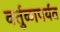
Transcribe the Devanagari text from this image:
वर्तुळापर्यंत